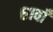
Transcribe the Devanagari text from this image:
६१वाँ